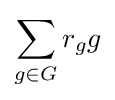
\sum _{g\in G}r_{g}g